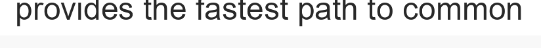
provides the fastest path to common